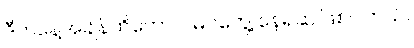
ဒီကနေ့အချိန်ထိတောင် မြင်တွေ့ နေရဆဲ ဖြစ်ပါတယ်။